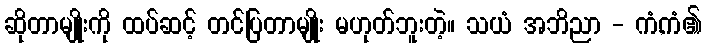
ဆိုတာမျိုးကို ထပ်ဆင့် တင်ပြတာမျိုး မဟုတ်ဘူးတဲ့။ သယံ အဘိညာ - ကံ,ကံ၏